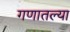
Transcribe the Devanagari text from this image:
गणातल्या